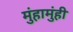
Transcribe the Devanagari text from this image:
मुंहामुंही